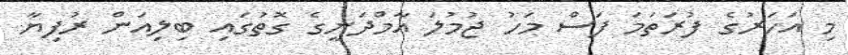
މި އަހަރުގެ ފުރަތަމަ ފަސް މަހު ޖުމުލަ އާމްދަނީގެ ގޮތުގައި ބިލިއަން ރުފިޔާ